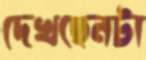
দেখছেনটা